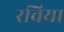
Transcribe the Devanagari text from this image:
रविया